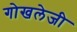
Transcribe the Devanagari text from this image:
गोखलेजी